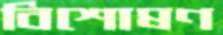
বিশোষণ